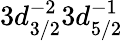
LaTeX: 3d_{3/2}^{-2}3d_{5/2}^{-1}